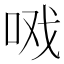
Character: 𰇣